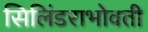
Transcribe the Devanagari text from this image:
सिलिंडराभोवती